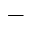
-